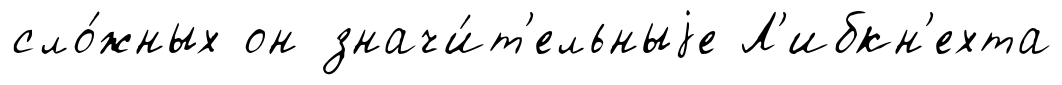
сло́жных он значи́т'ельныjе Л'ибкн'ехта